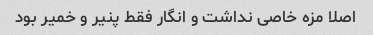
اصلا مزه خاصی نداشت و انگار فقط پنیر و خمیر بود